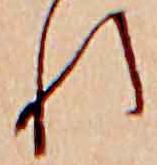
れ